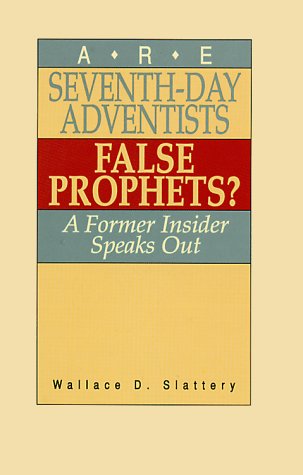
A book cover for Are Seventh-Day Adventists False Prophets?; Wallace D. Slattery; Christian Books & Bibles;